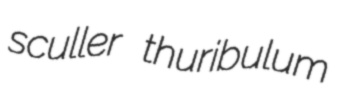
sculler thuribulum